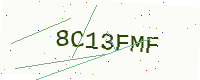
Text: 8C13FMF